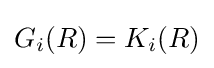
G_{i}(R)=K_{i}(R)